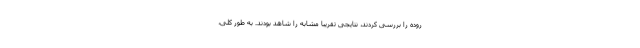
روده را بررسی کردند، نتایجی تقریبا مشابه را شاهد بودند. به طور کلی،